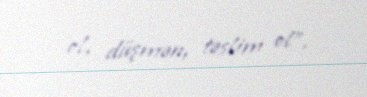
ol, düşmən, təslim ol”.